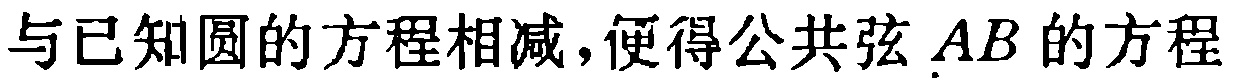
与已知圆的方程相减，便得公共弦 \(AB\) 的方程